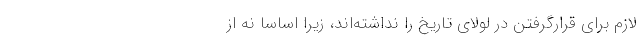
لازم برای قرارگرفتن در لولای تاریخ را نداشته‌اند، زیرا اساساً نه از